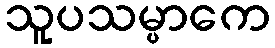
သူပသမ္ပာကေ